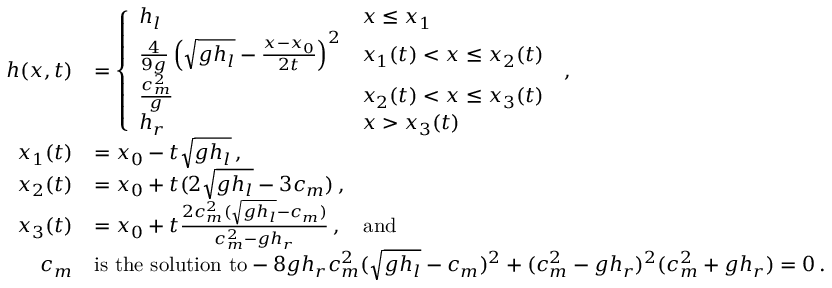
\begin{array} { r l } { h ( x , t ) } & { = \left\{ \begin{array} { l l } { h _ { l } } & { x \leq x _ { 1 } } \\ { \frac { 4 } { 9 g } \left( \sqrt { g h _ { l } } - \frac { x - x _ { 0 } } { 2 t } \right) ^ { 2 } } & { x _ { 1 } ( t ) < x \leq x _ { 2 } ( t ) } \\ { \frac { c _ { m } ^ { 2 } } { g } } & { x _ { 2 } ( t ) < x \leq x _ { 3 } ( t ) } \\ { h _ { r } } & { x > x _ { 3 } ( t ) } \end{array} \right. \, , } \\ { x _ { 1 } ( t ) } & { = x _ { 0 } - t \sqrt { g h _ { l } } \, , } \\ { x _ { 2 } ( t ) } & { = x _ { 0 } + t ( 2 \sqrt { g h _ { l } } - 3 c _ { m } ) \, , } \\ { x _ { 3 } ( t ) } & { = x _ { 0 } + t \frac { 2 c _ { m } ^ { 2 } ( \sqrt { g h _ { l } } - c _ { m } ) } { c _ { m } ^ { 2 } - g h _ { r } } \, , \quad \mathrm { a n d } } \\ { c _ { m } } & { \mathrm { i s ~ t h e ~ s o l u t i o n ~ t o } - 8 g h _ { r } c _ { m } ^ { 2 } ( \sqrt { g h _ { l } } - c _ { m } ) ^ { 2 } + ( c _ { m } ^ { 2 } - g h _ { r } ) ^ { 2 } ( c _ { m } ^ { 2 } + g h _ { r } ) = 0 \, . } \end{array}